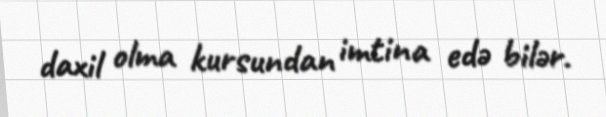
daxil olma kursundan imtina edə bilər.